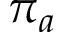
\pi _ { a }